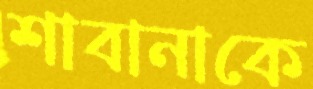
শাবানাকে